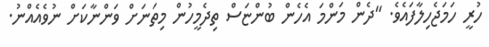
ހުރީ ހަމަޖެހިލާފައެވެ. "ދެން މަންމަ އެހެން ބުންޏަސް ތިދެމީހުން މިތަނަށް ވަންނާކަށް ނުވެއެއްނު.